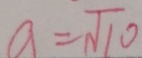
a = \sqrt { 1 0 }